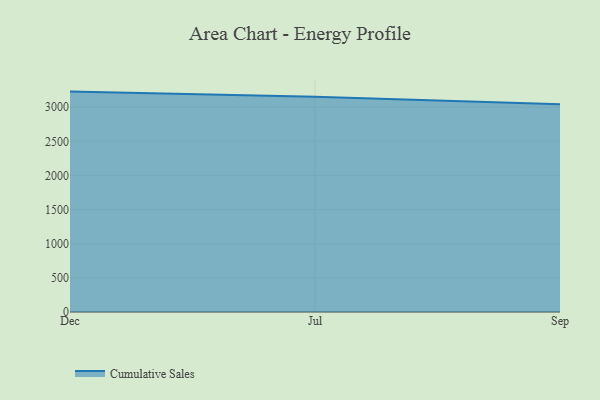
{"axis": {"x": "Month", "y": "Budget (USD K)"}, "legend": ["Cumulative Sales"], "data": [{"x": "Dec", "y": 3228.7, "type": "Cumulative Sales"}, {"x": "Jul", "y": 3152.5, "type": "Cumulative Sales"}, {"x": "Sep", "y": 3044.6, "type": "Cumulative Sales"}]}